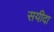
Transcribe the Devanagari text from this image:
सयीदा